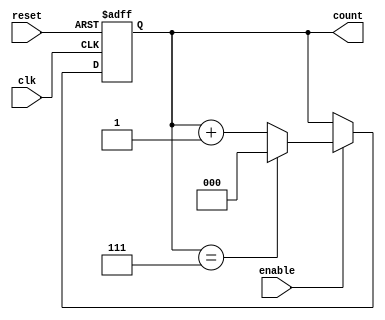
module async_counter #(
    parameter N = 8 // Maximum count value (N-1 is the maximum count)
)(
    input wire clk,          // Clock signal
    input wire reset,        // Asynchronous reset
    input wire enable,       // Enable signal
    output reg [$clog2(N)-1:0] count // Output count
);

    // Always block triggered on the rising edge of the clock or the reset signal
    always @(posedge clk or posedge reset) begin
        if (reset) begin
            count <= 0; // Reset the count to 0
        end else if (enable) begin
            if (count == N-1) begin
                count <= 0; // Wrap around to 0
            end else begin
                count <= count + 1; // Increment the count
            end
        end
    end

endmodule